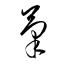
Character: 筆